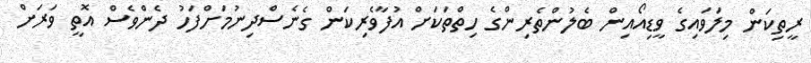
ރީތިކަން މިލަވައިގެ ވީޑިއޯއިން ބެލުންތެރިންގެ ހިތްތަކަށް އުފާވެރިކަން ގެނެސްދިނުމަށްފަހު ދެންވެސް އޮތީ ވަރަށް